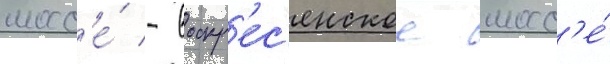
шосс'е́ - воскр'ес'енское шосс'е́